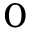
_ { 0 }